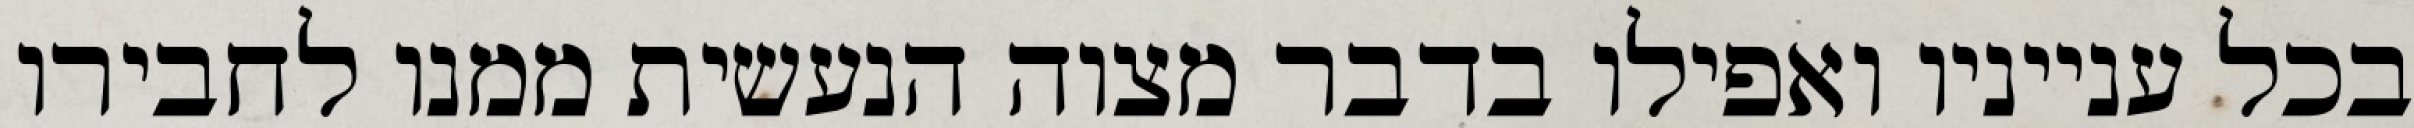
בכל ענייניו ואפילו בדבר מצוה הנעשית ממנו לחבירו